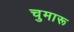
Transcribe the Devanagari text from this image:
चुमारू